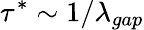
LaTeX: \tau^{*}\sim 1/\lambda_{gap}